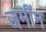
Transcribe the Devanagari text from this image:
जमींन